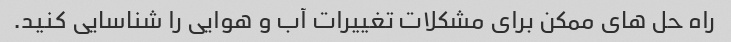
راه حل های ممکن برای مشکلات تغییرات آب و هوایی را شناسایی کنید.